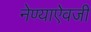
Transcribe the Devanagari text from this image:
नेण्याऐवजी